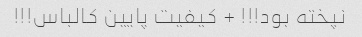
نپخته بود!!! + کیفیت پایین کالباس!!!